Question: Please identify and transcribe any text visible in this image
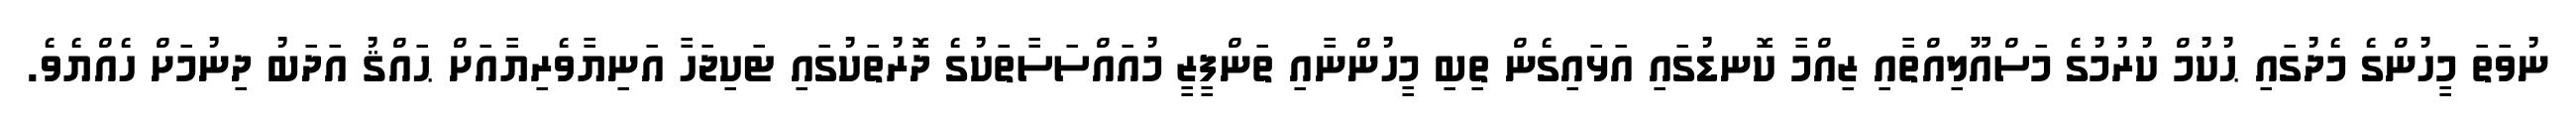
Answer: ނުވަތަ މީހުންގެ މެދުގައި ޙުކުމް ކުރުމުގެ މަސްއޫލިއްތާއި ޒިއްމާ ކޮނޑުގައި އަޅައިގެން ތިބި މީހުންނާއި ތަންފީޒީ މުއައްސަސާތަކުގެ ދޮރުތަކުގައި ޓަކިޖަހާ އަނިޔާވެރިޔާއަށް ޙައްޤު އަދަބު ދިނުމަށް ހެއްޔެވެ.